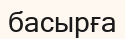
басырға